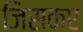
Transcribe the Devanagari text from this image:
जिसकए